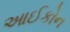
આઈકોન